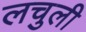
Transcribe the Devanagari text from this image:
लचुली